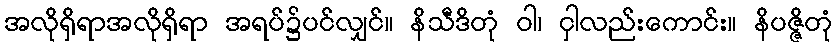
အလိုရှိရာအလိုရှိရာ အရပ်၌ပင်လျှင်။ နိသီဒိတုံ ဝါ၊ ငှါလည်းကောင်း။ နိပဇ္ဇိတုံ